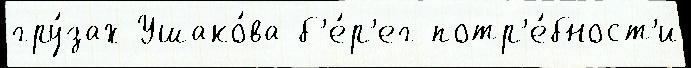
гру́зах Ушако́ва б'е́р'ег потр'е́бност'и